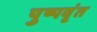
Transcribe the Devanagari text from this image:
पुष्पवृंत